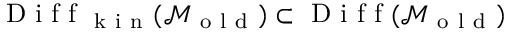
\mathrm { ~ D ~ i ~ f ~ f ~ } _ { \mathrm { ~ k ~ i ~ n ~ } } ( \mathcal { M } _ { \mathrm { ~ o ~ l ~ d ~ } } ) \subset \mathrm { ~ D ~ i ~ f ~ f ~ } ( \mathcal { M } _ { \mathrm { ~ o ~ l ~ d ~ } } )